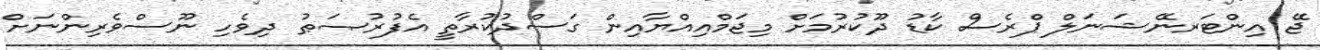
ޖޭ އިންޓަރނޭޝަނަލް ޕްރެސް ކާޑު ދޫކުރުމަށް މިޖަމްއިއްޔާއިން ގަސްދުކުރާތީ އެފުރުޞަޠު ދިވެހި ނޫސްވެރިންނަށް